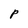
Character: P